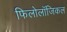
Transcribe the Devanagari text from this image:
फिलोलॉजिकल